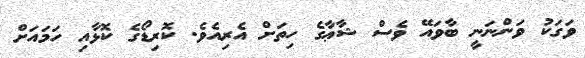
ވަގަކު ވަންނަނީ ބާވައޭ ވެސް ޝާޢާގެ ހިތަށް އެރިއެވެ. ކޮރިޑޯގެ ކޮޅާއި ހަމައަށް